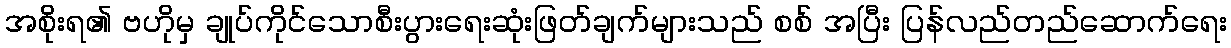
အစိုးရ၏ ဗဟိုမှ ချုပ်ကိုင်သောစီးပွားရေးဆုံးဖြတ်ချက်များသည် စစ် အပြီး ပြန်လည်တည်ဆောက်ရေး